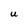
Character: U